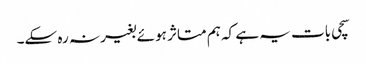
سچی بات یہ ہے کہ ہم متاثر ہوئے بغیر نہ رہ سکے۔